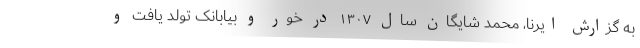
به گزارش ایرنا، محمد شایگان سال ۱۳۰۷ در خور و بیابانک تولد یافت و